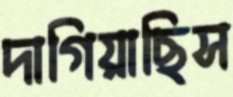
দাগিয়াছিস